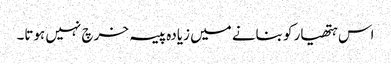
اس ہتھیار کو بنانے میں زیادہ پیسہ خرچ نہیں ہوتا۔